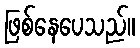
ဖြစ်နေပေသည်။